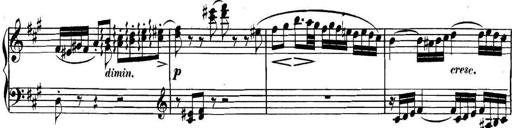
Title: Collected Piano Sonatas
Composer: Muzio Clementi